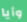
وأيا